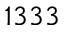
1 3 3 3